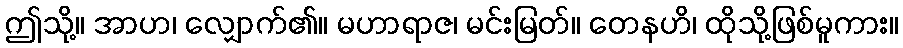
ဤသို့။ အာဟ၊ လျှောက်၏။ မဟာရာဇ၊ မင်းမြတ်။ တေနဟိ၊ ထိုသို့ဖြစ်မူကား။